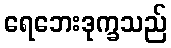
ရေဘေးဒုက္ခသည်